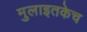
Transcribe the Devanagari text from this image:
मुलाइतकेच